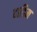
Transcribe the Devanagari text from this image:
दाडिम